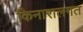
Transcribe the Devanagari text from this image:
किनारालगत